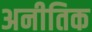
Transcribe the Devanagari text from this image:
अनीतिक